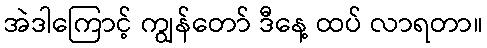
အဲဒါကြောင့် ကျွန်တော် ဒီနေ့ ထပ် လာရတာ။